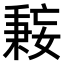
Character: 𫱤